Problem: 46 + 37 = ?
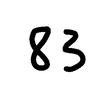
Handwritten answer: 83